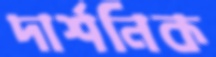
দার্শনিক